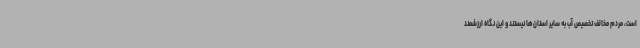
است، مردم مخالف تخصیص آب به سایر استان‌ها نیستند و این نگاه ارزشمند